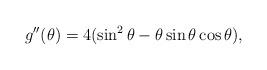
LaTeX: \begin{align*} g''(\theta)=4(\sin^2\theta -\theta\sin\theta\cos\theta),\end{align*}